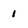
Character: 1